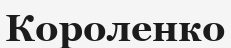
Короленко